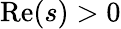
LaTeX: \operatorname{Re}(s)>0